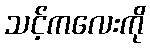
သင့်ကလေးကို